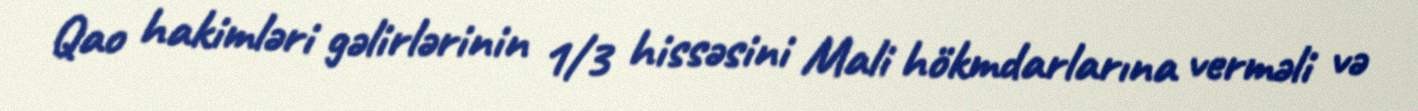
Qao hakimləri gəlirlərinin 1/3 hissəsini Mali hökmdarlarına verməli və